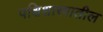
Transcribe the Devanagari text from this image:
पक्षिशास्त्रातील